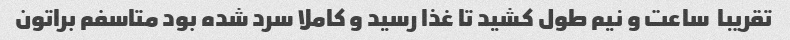
تقریبا  ساعت و نیم طول کشید تا غذا رسید و کاملا سرد شده بود متاسفم براتون